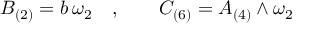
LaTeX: B _ { ( 2 ) } = b \, \omega _ { 2 } \quad , \qquad C _ { ( 6 ) } = A _ { ( 4 ) } \wedge \omega _ { 2 }